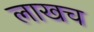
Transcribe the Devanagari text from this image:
लाखच